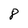
Character: 8